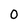
Character: O